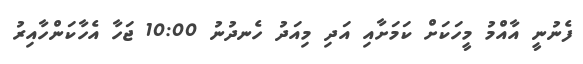
ފެނުނީ އާއްމު މީހަކަށް ކަމަށާއި އަދި މިއަދު ހެނދުނު 10:00 ޖަހާ އެހާކަންހާއިރު